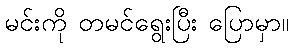
မင်းကို တမင်ရွေးပြီး ပြောမှာ။